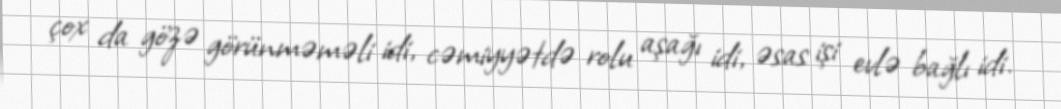
çox da gözə görünməməli idi, cəmiyyətdə rolu aşağı idi, əsas işi evlə bağlı idi.